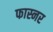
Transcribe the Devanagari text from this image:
फास्नर